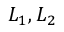
L _ { 1 } , L _ { 2 }